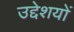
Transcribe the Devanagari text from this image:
उद्देशयों